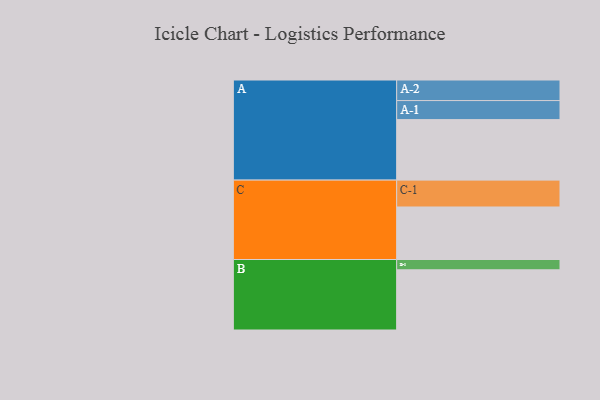
{"axis": {"x": "Segment", "y": "Value"}, "legend": ["", "A", "B", "C"], "data": [{"x": "A", "y": 394, "type": ""}, {"x": "B", "y": 392, "type": ""}, {"x": "C", "y": 342, "type": ""}, {"x": "A-1", "y": 124, "type": "A"}, {"x": "A-2", "y": 134, "type": "A"}, {"x": "B-1", "y": 67, "type": "B"}, {"x": "C-1", "y": 175, "type": "C"}]}